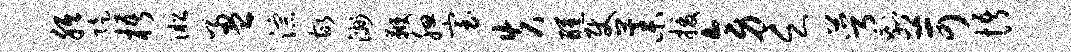
胝陡梧淞盈淙故洲鞭腮室失醺使藁援旁乏萼剩苛悟